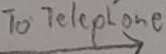
Text: To Telephone